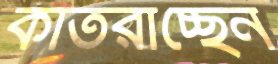
কাতরাচ্ছেন